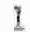
1